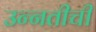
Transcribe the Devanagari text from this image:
उन्‍नतीची